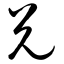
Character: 兑